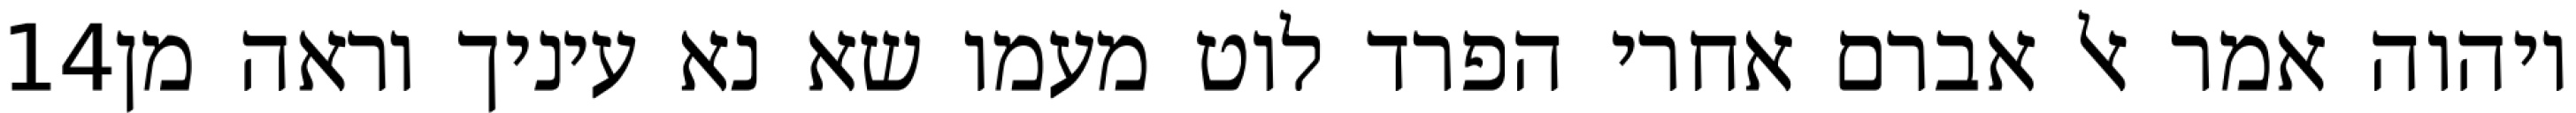
‎14‏ ויהוה אמר אל אברם אחרי הפרד לוט מעמו שא נא עיניך וראה מן